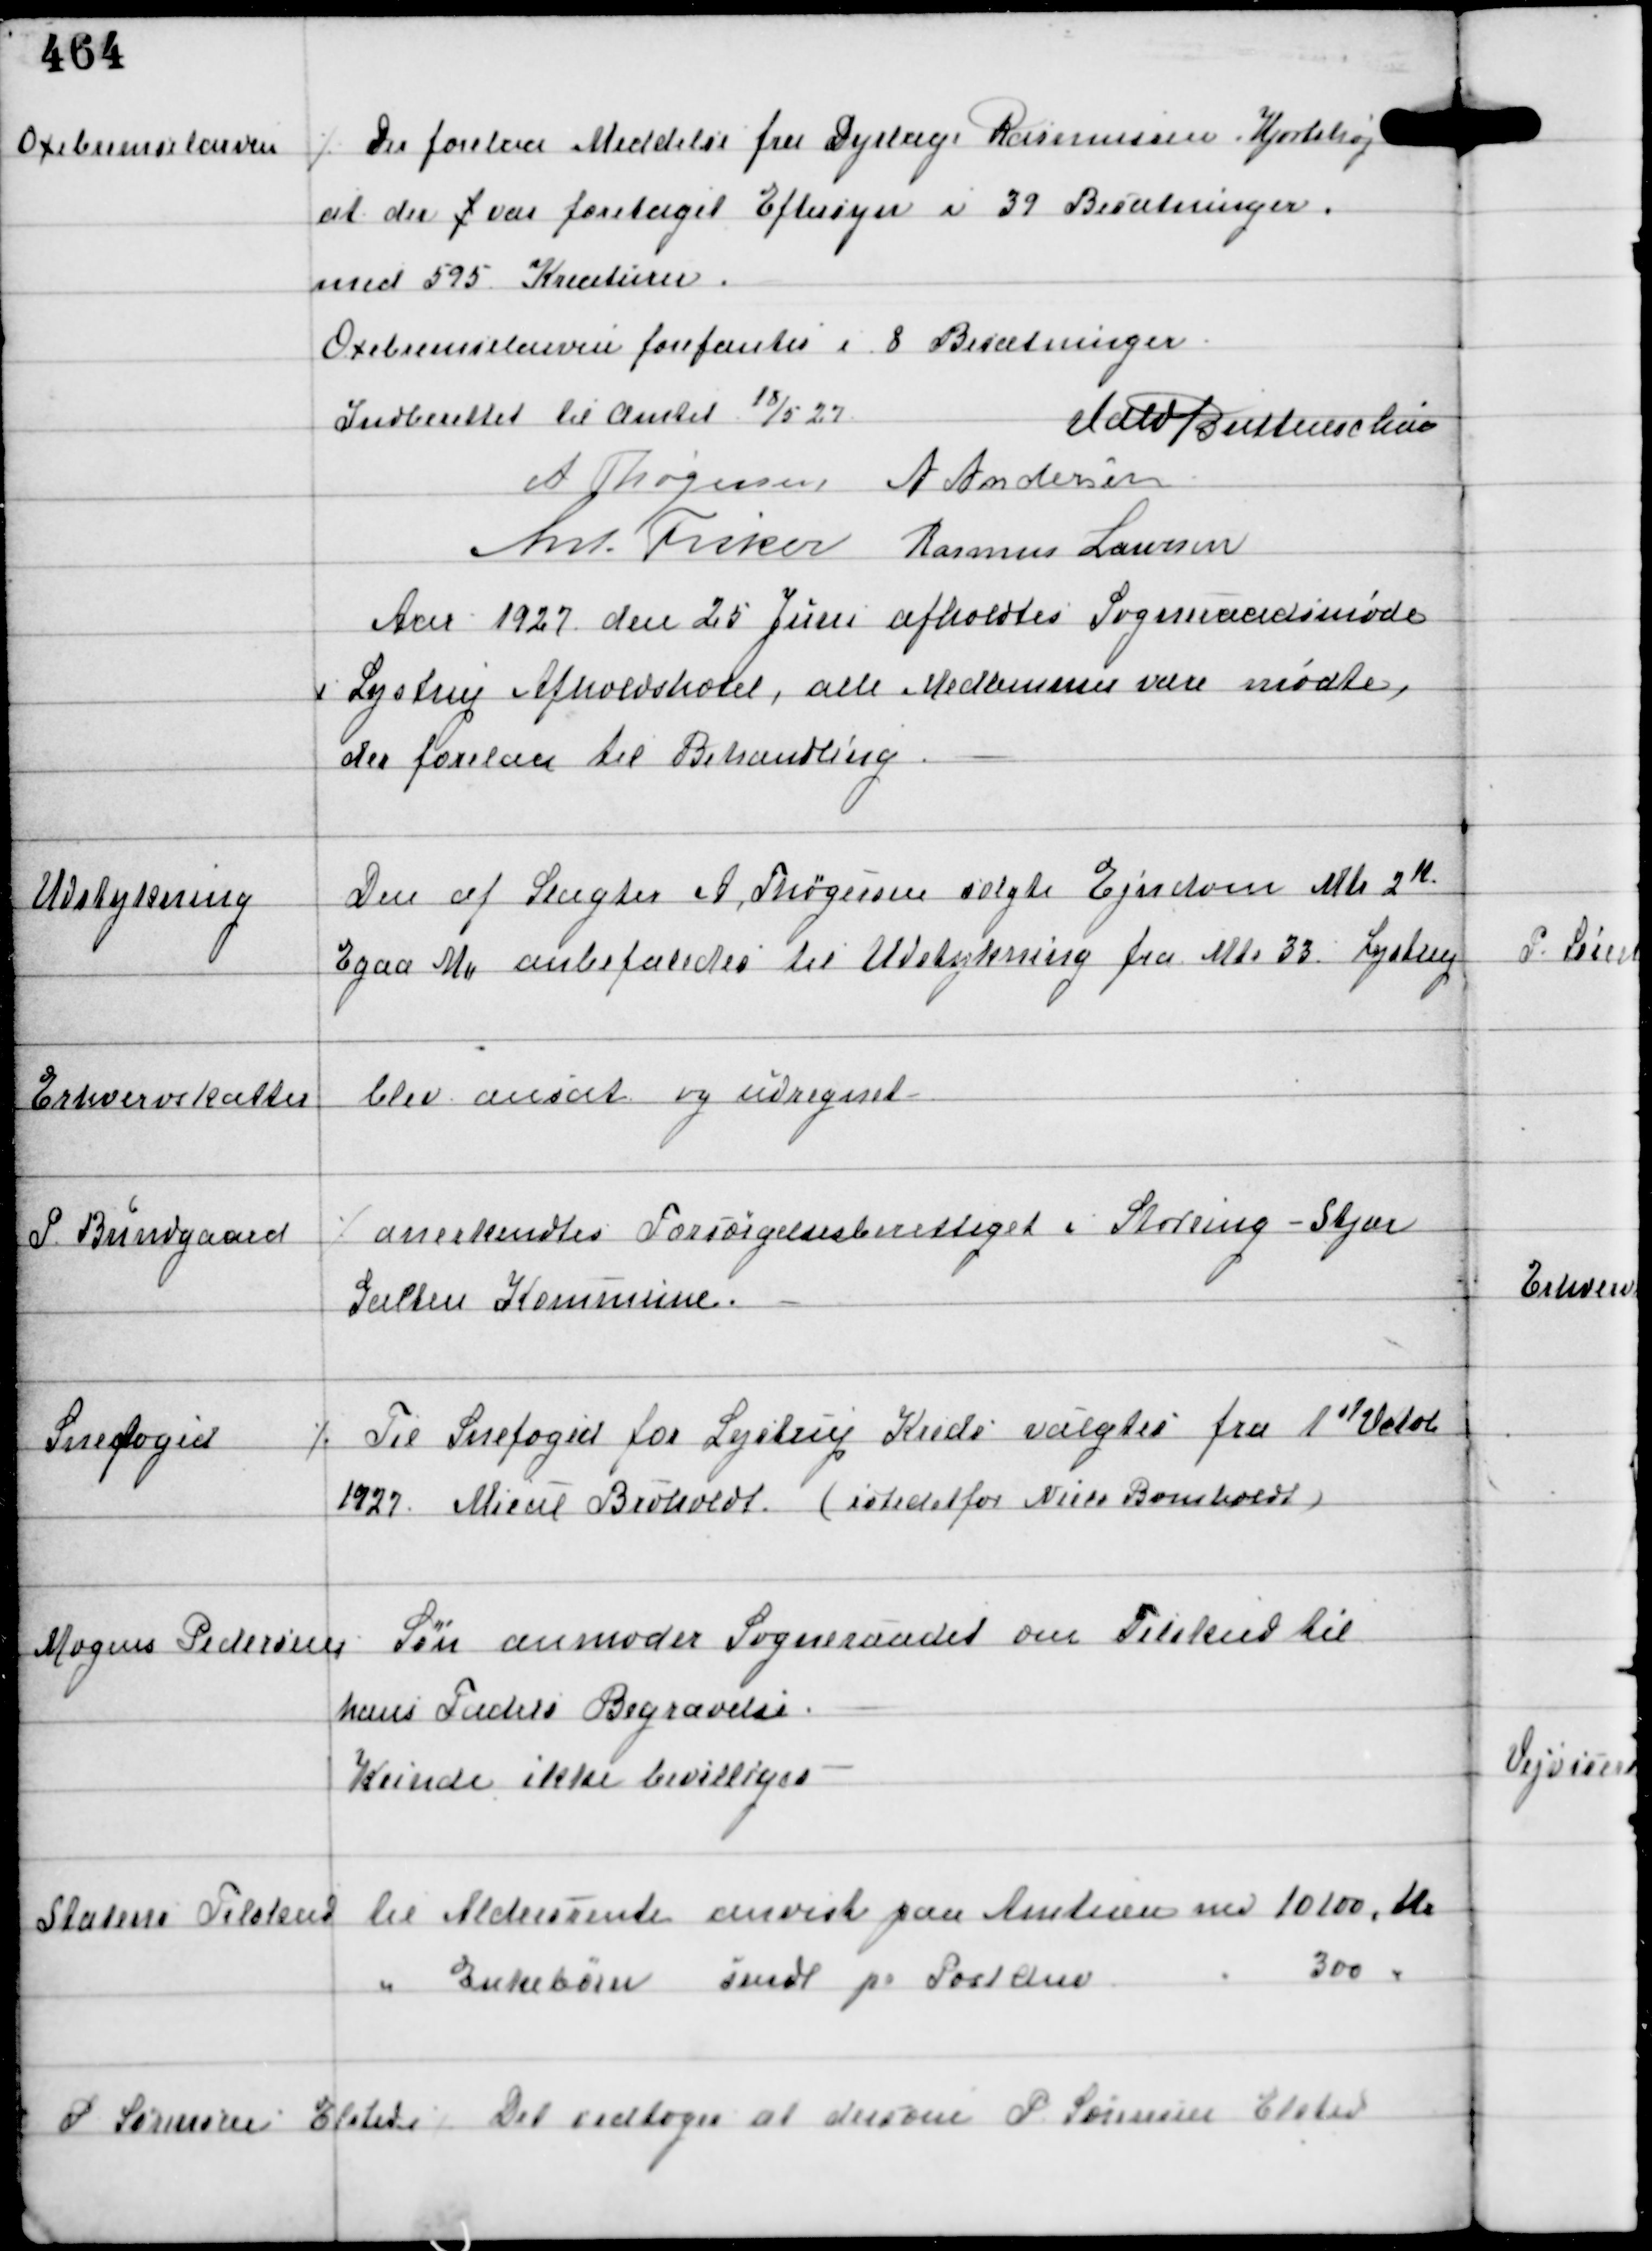
Transskription:
Oxebremselarven

Der forelaa Meddelse fra Dyrlæge Rasmussen Hjortshøj
at der f var foretaget Eftersyn i 39 Besætninger
med 595 Kreaturer.
Oxebremselarven forefantes i 8 Besætninger.
Indberettet til Amtet 18/5 27

Vald Buttenschøn
A Thøgersen A Andersen
Ant Fisker Rasmus Laursen

Aar 1927 den 25 Juni afholdtes Sogneraadsmøde
i Lystrup Afholdshotel, alle Medlemmer vare mødte,
der forelaa til Behandling

Udstykning

Den af Slagter A Thøgersen solgte Ejendom Mtr 2M
Egaa M anbefaledes til Udstykning fra Mtr 33 Lystrup

Erhvervskatter blev ansat og udregnet

P Bundgaard

⁒ anerkendes Forsørgelsesberettiget i Storring - Stjær
Galten Kommune.

Snefoged

⁒ Til Snefoged for Lystrup Kreds valgtes fra 1st Octob
1927 Mieul Broholdt (istedetfor Niels Bomholdt)

Mogens Pedersens
Søn anmoder Sogneraadet om Tilskud til
hans Faders Begravelse.
Kunde ikke bevilliges

Statens Tilskud til Aldersrente anvist paa Amtuen med 10100 Kr
" Enkebørn sendt pr Postanv
" 300 "

P Sørensen Elsted ⁒

Det vedtoges at dersom P Sørensen Elsted